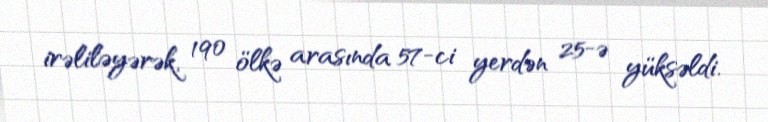
irəliləyərək, 190 ölkə arasında 57-ci yerdən 25-ə yüksəldi.